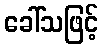
ခေါ်သဖြင့်